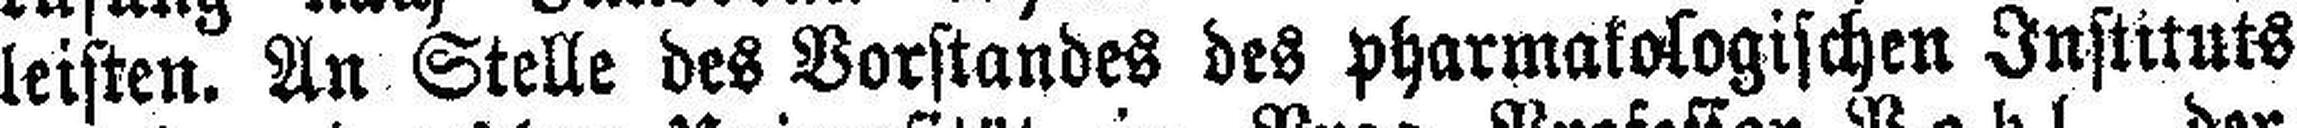
leisten. An Stelle des Vorstandes des pharmakologischen Instituts